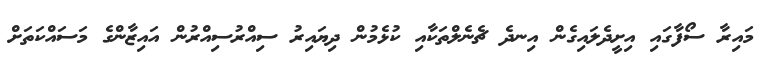
މައިރާ ސޯފާގައި އިށީދެލައިގެން އިނދެ ޗެނެލްތަކާއި ކުޅެމުން ދިޔައިރު ސިއްރުސިއްރުން އައިޒާންގެ މަސައްކަތަށް